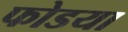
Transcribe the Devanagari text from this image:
फोडया